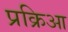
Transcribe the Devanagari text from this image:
प्रक्रिआ